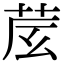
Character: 𦮈